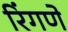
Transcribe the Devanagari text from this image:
रिंगणे